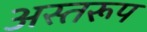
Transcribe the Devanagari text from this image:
अस्तरूप